Report by Surgeon-Major Lyons, I.M.S., President of the Plague Research Committee - Part I
Disease focus: Plague
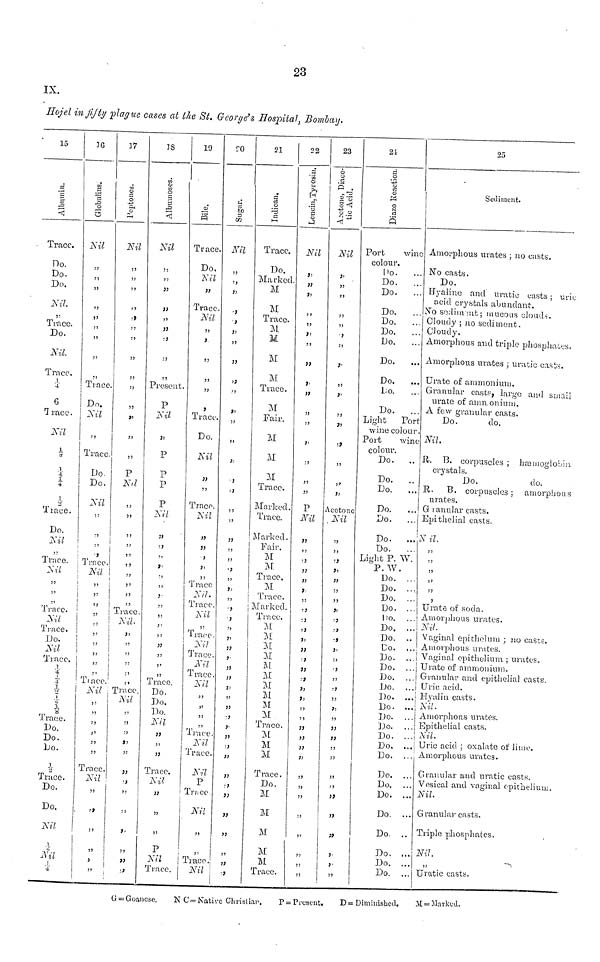
23
IX.
Hojel in fijty plague cases at the St. George's Eospital, Bombay.
15
Albutnin.
Trace.
Do.
Do.
Do.
Nil.
,,
Trace.
Do.
Nil.
Trace.
¼
6
Trace.
Nil
¼
4
Trace.
Do.
Nil
,,
Trace
Nil
,,
,,
,,
Trace.
Nil
Trace.
Do.
Nil
Trace.
¼
¼
J.
T
Trace.
Do.
Do.
Do.
Trace.
Do.
Do.
Nil
x
Nil
¼
16
Globnlins.
Nil
,,
,,
,,
,,
,,
55
,,
Trace.
i
Do.
Nil
,,
Trace
Do.
¡ Do.
Nil
,,
,,
!
->
Trace.
,,
,,
,,
,,
¼ ,,
55
Trace
Nil
,,
55
,,
,,
55
Trace
Nil
55
55
,,
}
5>
17
Peptoncs.
,,
55
55
,,
55
,,
,,
,,
55
,,
11
,,
,,
P
Nil
55
,,
i
55
!
,,
„
55
!5
!
i
''
55
,,
Trace
i Nil
,,
,,
!
»
!
»
,,
,,
Trace
Nil
,,
:s
,,
,,
11
•)
55
!5
,,
i "
18
Albunoses
Nil
,,
;;
,,
,,
,,
,,
,,
Present.
P
Nil
7>
P
P
P
P
Nil
,,
,,
,,
'5
55
55
,,
,,
,,
55
Trace.
Do.
Do.
Do.
Nil
,,
,,
Trace.
Nil
,,
55
,,
P
Nil
Trace.
19
Bile.
Trace.
Do.
Trace.
Nil
,,
1
55
,,
,,
,
Tract-
Do.
Nil
55
Trace.
Nil
,,
,,
,,
,,
55
Trace
Nil.
Trace
Nil
55
Trace
NU
Trace
Ml
Trace
3)
,,
,,
,,
Tract
Nil
Trace
Nil
P
Trace
Nil
55
i
,,
| Trace
Nil
20
Suger
55
,,
,,
,,
,,
,,
S>
))
))
•5
,,
,,
,,
)>
}
•)
,,
,,
,,
55
,,
• .
,,
,,
,,
,,
,,
,,
,,
,,
,,
,,
,,
,,
,,
,,
,,
,,
,,
,,
,,
,,
,,
,,
,,
21
Indican.
Trace.
Do.
Marked.
M
M
Trace.
M
M
M
M
Trace.
M
Fair.
M
M
M
Trace.
Marked.
Trace.
Marked.
Fair.
M
M
Trace.
M
Trace.
¡ Marked
Trace.
M
M
M
M
M
M
M
M
M
M
Trace.
M
M
M
Trace.
Do.
M
M
M
M
M
Trace.
22
Leucin,Tyrosin
Nil
,,
,,
,,
,,
,,
55
,,
,,
11
,,
55
,,
;5
,,
P
,,
,,
•J
,,
,,
,,
,,
,,
,,
,,
' 1
,,
,,
1)
1>
55
55
,,
,,
,,
,,
55
,,
:s
s»
55
55
,,
23
1
Asotone,Dincetie Acid.
Nil
,,
55
5 5
55
«
55
,,
,,
,,
,,
Acetone
. Nil
,,
55
:;
)1
,,
,,55
,,
,,
,,
•)
',,
,,
,,
,,
55
,,
55
,,
17
55
55
)5
55
,,
11
»
!
*
,,
5>
21
Diazo Reaction.
Port
wine
colour.
Do.
...
Do.
...
Do.
Do.
...
Do.
...
Do.
Do.
Do.
...
Do.
...
Lo.
Do.
...
Light
Port
wine colour.
Port
wine
colour.
Do.
..
Do.
..
Do.
...
Do.
Do.
...
Do.
...
Do.
...
Light P. W.
"p.w.
Do. ...
Do. ...
Do. ...
Do. ...
Do. ...
Do. ...
Do. ..
Co. ...
Do. ...
Do. ...
Do. ...
Do. ...
Do. ...
Do. ...
Do. ...
Do. ...
Do. ...
Do, ...
Do. ...
Do. ...
Do, ...
Do. ...
Do. ...
Do. ..
Do. ...
Do. ...
Do. ...
25
Sediment.
Amorphous urates ; no casts.
No casts.
Do.
Hyaline and uratio casts ; urie
acid crystals abundant.
No sediment; mucous clouds.
Cloudy ; no sediment.
Cloudy.
Amorphous and triple phosphates.
Amorphous urates ; uratic casts.
Urate of ammonium.
Granular casts, large and small
urate of amnonium.
A few granular casts.
Do.
do.
Nil.
It. 13. corpuscles ; haemoglobin
crystals.
Do.
do.
R. B. corpuscles: amorphous
urates.
G r anular casts.
Epithelial casts.
N il.
55
:5
>>
15
!>
,
Urate of soda.
Amorphous urates.
Nil.
Vaginal epithelum ; no casts.
Amorphous urates.
Vaginal epithelium ; urates.
Urate of ammonium.
Granular and epithelial casts.
Uric acid.
Hyalin casts.
Nil.
Amorphons urates.
Epithelial casts.
Nil.
Uric acid ; oxalate of lime.
Amorphous urates.
Granular and uratic casts.
Vesical and vaginal opithelium..
Nil.
G ranular casts.
Triple phosphates.
Nil.
,,
Uratic casts.
G = Goanese.
N C= Native Christian.
P = Present.
D = Diminished.
M=Marked.